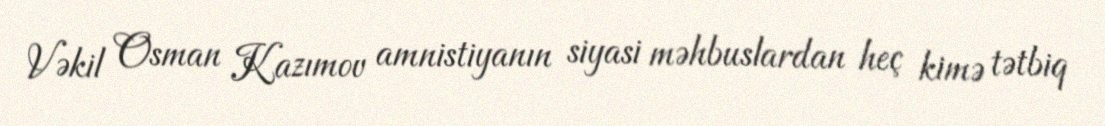
Vəkil Osman Kazımov amnistiyanın siyasi məhbuslardan heç kimə tətbiq